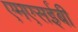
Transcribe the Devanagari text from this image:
एमएसईबी